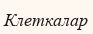
Клеткалар